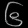
Digit: ၆